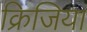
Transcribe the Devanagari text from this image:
क्रिजिया